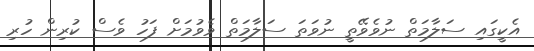
އެކީގައި ސަލާމަތް ނުވެވޭތީ ނުވަތަ ސަލާމަތް ވެވުމަށް ފަހު ވެސް ކުރިން ހުރި